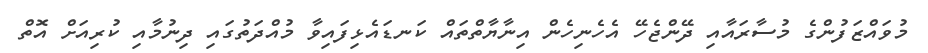
މުވައްޒަފުންގެ މުސާރައާއި ދޭންޖެހޭ އެހެނިހެން އިނާޔާތްތައް ކަނޑައެޅިފައިވާ މުއްދަތުގައި ދިނުމާއި ކުރިއަށް އޮތް